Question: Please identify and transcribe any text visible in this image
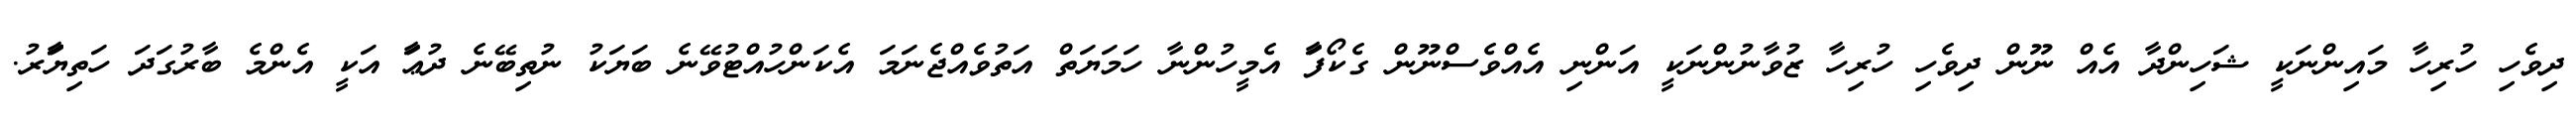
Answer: ދިވެހި ހުރިހާ މައިންނަކީ ޝަހިންދާ އެއް ނޫން ދިވެހި ހުރިހާ ޒުވާނުންނަކީ އަންނި އެއްވެސްނޫން ގެކޯފަާ އެމީހުންނާ ހަމަޔަތް އަތުވެއްޖެނަމަ އެކަންހުއްޓުވޭނެ ބަޔަކު ނުތިބޭނެ ދުޢަާ އަކީ އެންމެ ބާރުގަދަ ހަތިޔަަަާރު.